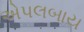
એપલબાય